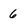
Character: 6